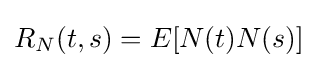
R_{N}(t,s)=E[N(t)N(s)]